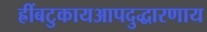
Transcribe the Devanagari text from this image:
ह्रींबटुकायआपदुद्धारणाय